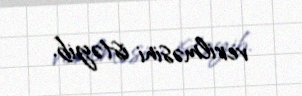
verilməsini istəyib.